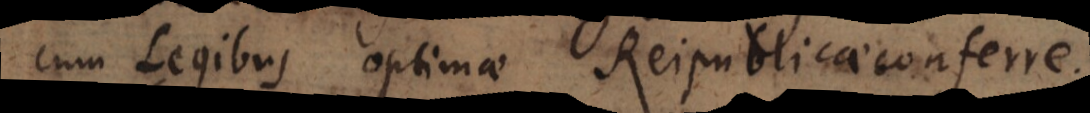
cum Legibus optimae Reipublicae conferre.